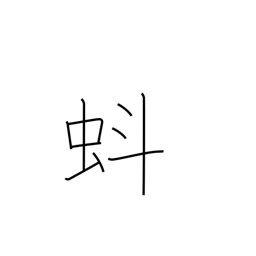
Meaning: tadpole